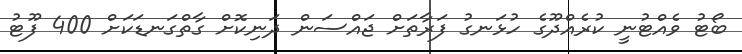
ބޯޓު ވެއްޓުނީ ކުރެއްދޫގެ ހުޅަނގު ފަރާތަށް ޖައްސަން ދަނިކޮށް ގާތްގަނޑަކަށް 400 ފޫޓު